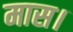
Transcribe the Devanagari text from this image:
मास।